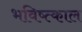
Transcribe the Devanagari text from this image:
भविष्त्काल